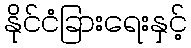
နိုင်ငံခြားရေးနှင့်